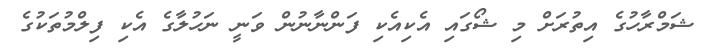
ޝަމްރާހުގެ އިތުރަށް މި ޝޯގައި އެކިއެކި ފަންނާނުން ވަނީ ނަހުލާގެ އެކި ފިލްމުތަކުގެ